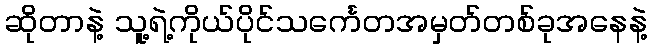
ဆိုတာနဲ့ သူ့ရဲ့ကိုယ်ပိုင်သင်္ကေတအမှတ်တစ်ခုအနေနဲ့